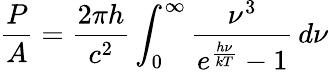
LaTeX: {\frac{P}{A}}={\frac{2\pi h}{c^{2}}}\int_{0}^{\infty}{\frac{\nu^{3}}{e^{\frac{h\nu}{kT}}-1}}\, d\nu